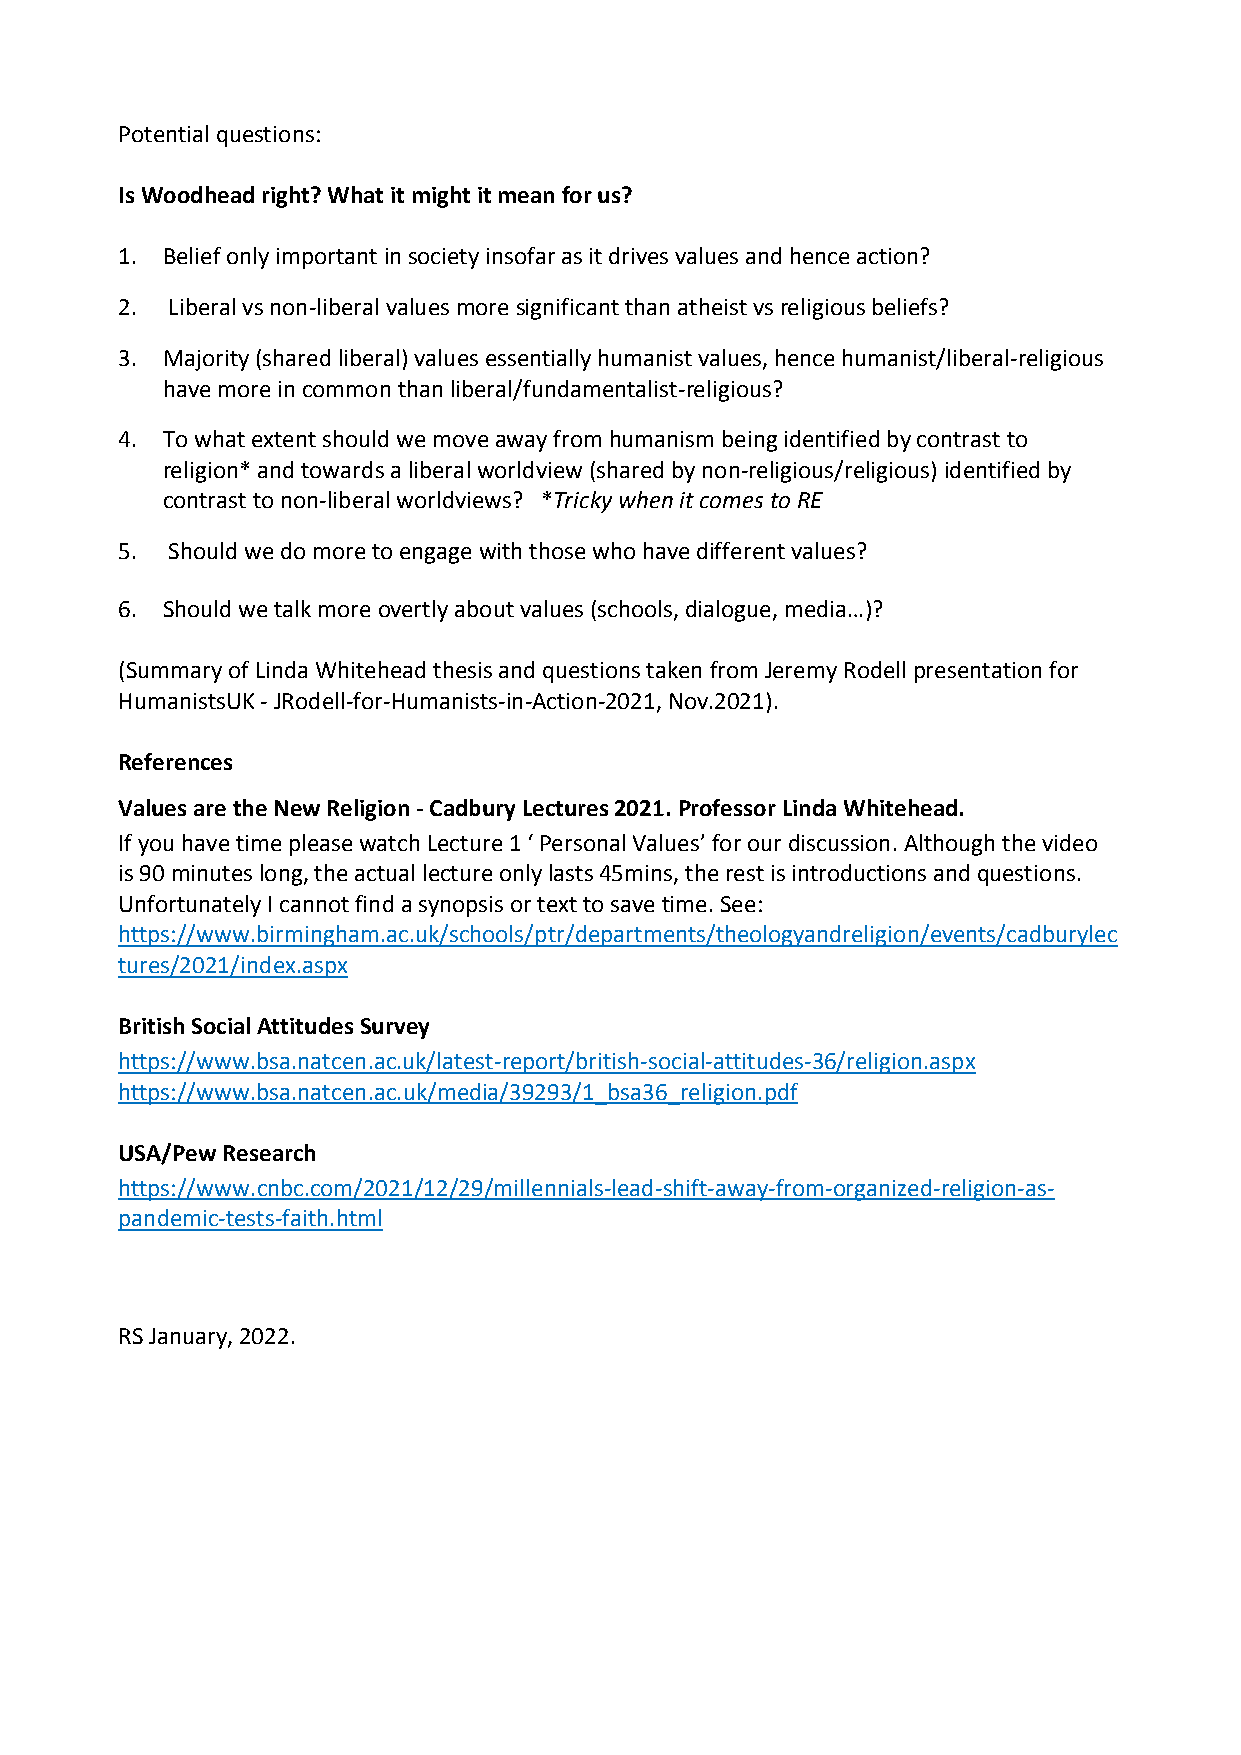
Potential questions:
 Is Woodhead right? What it might it mean for us?
 1. Belief only important in society insofar as it drives values and hence action?
 2. Liberal vs non-liberal values more significant than atheist vs religious beliefs?
 3. Majority (shared liberal) values essentially humanist values, hence humanist/liberal-religious
 have more in common than liberal/fundamentalist-religious?
 4. To what extent should we move away from humanism being identified by contrast to
 religion* and towards a liberal worldview (shared by non-religious/religious) identified by
 contrast to non-liberal worldviews? *Tricky when it comes to RE
 5. Should we do more to engage with those who have different values?
 6. Should we talk more overtly about values (schools, dialogue, media…)?
 (Summary of Linda Whitehead thesis and questions taken from Jeremy Rodell presentation for
 HumanistsUK - JRodell-for-Humanists-in-Action-2021, Nov.2021).
 References
 Values are the New Religion - Cadbury Lectures 2021. Professor Linda Whitehead.
 If you have time please watch Lecture 1 ‘ Personal Values’ for our discussion. Although the video
 is 90 minutes long, the actual lecture only lasts 45mins, the rest is introductions and questions.
 Unfortunately I cannot find a synopsis or text to save time. See:
 https://www.birmingham.ac.uk/schools/ptr/departments/theologyandreligion/events/cadburylec
 tures/2021/index.aspx
 British Social Attitudes Survey
 https://www.bsa.natcen.ac.uk/latest-report/british-social-attitudes-36/religion.aspx
 https://www.bsa.natcen.ac.uk/media/39293/1_bsa36_religion.pdf
 USA/Pew Research
 https://www.cnbc.com/2021/12/29/millennials-lead-shift-away-from-organized-religion-as-
 pandemic-tests-faith.html
 RS January, 2022.